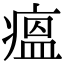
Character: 瘟